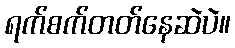
ရက်စက်တတ်နေဆဲပဲ။